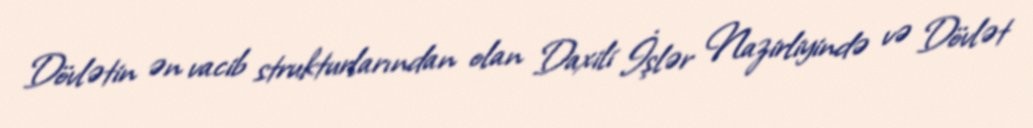
Dövlətin ən vacib strukturlarından olan Daxili İşlər Nazirliyində və Dövlət